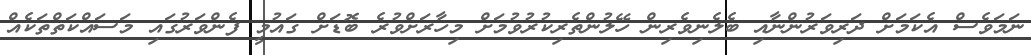
ނަމަވެސް އެކަމަށް ދަރިވަރުންނާއި ބެލެނިވެރިން ހޭލުންތެރިކުރުވުމަށް މިހާރަށްވުރެ ބޮޑަށް ގައުމީ ފެންވަރުގައި މަސައްކަތްތަކެއް